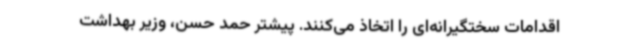
اقدامات سختگیرانه‌ای را اتخاذ می‌کنند. پیشتر حمد حسن، وزیر بهداشت